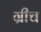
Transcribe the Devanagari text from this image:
ग्रीच